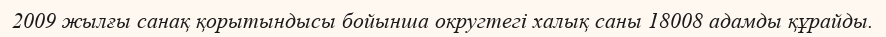
2009 жылғы санақ қорытындысы бойынша округтегі халық саны 18008 адамды құрайды.